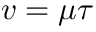
v = \mu \tau